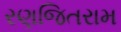
રણજિતરામ